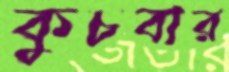
কুচবার